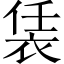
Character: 𧙨